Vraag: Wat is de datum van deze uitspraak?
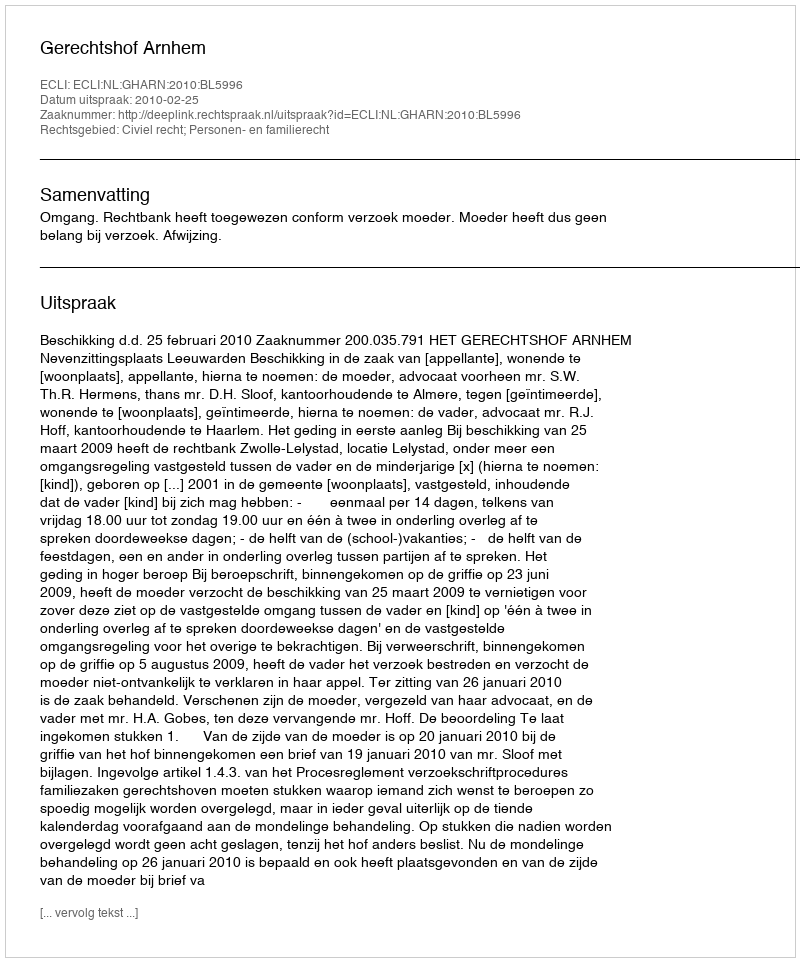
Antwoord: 2010-02-25